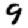
Digit: 9